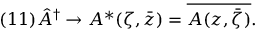
( 1 1 ) \hat { A } ^ { \dagger } \rightarrow A ^ { * } ( \zeta , \bar { z } ) = \overline { { { A ( z , \bar { \zeta } ) } } } .